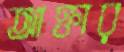
আক্তার